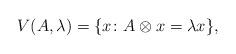
LaTeX: \begin{align*}V(A,\lambda)=\{x\colon A\otimes x=\lambda x\},\end{align*}